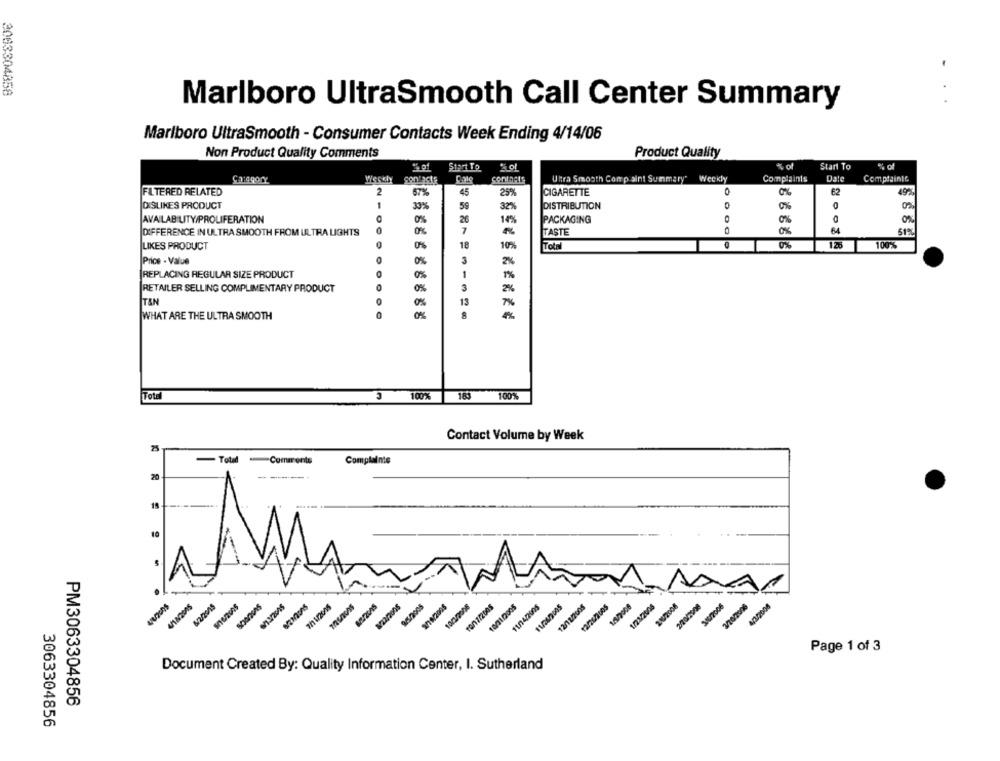
2003304858
Marlboro UltraSmooth Call Center Summary
Marlboro UltraSmooth - Consumer Contacts Week Ending 4/14/06
Non Product Quality Comments
Product Quality
Start To
Weekly
Ultra Smooth Comp aint Summary"
Weekly
Complaints
Date
Complaints
2
O
62
FILTERED RELATED
67%
45
25%
CIGARETTE
DISLIKES PRODUCT
1
33%
59
32%
DISTRIBUTION
0%
AVAILABILITY/PROLIFERATION
0%
26
PACKAGING
0%
0%
DIFFERENCE IN ULTRA SMOOTH FROM ULTRA LIGHTS
0%
7
TASTE
0%
18
0%
100%
LIKES PRODUCT
0%
10%
Total
Price - Value
3
2%
REPLACING REGULAR SIZE PRODUCT
0%
1
1%
RETAILER SELLING COMPLIMENTARY PRODUCT
0%
3
2%
O
IT&N
13
7%
WHAT ARE THE ULTRA SMOOTH
0%
4%
Total
100%
183 100%
Contact Volume by Week
- Toted
Comments
Complaints
20
10
1
622/2015
2/1 1/2008
9/9/2005
1003/2006
11/4/2005
12/12/2005
1/1/2006
1/23/208
20/2008
4/2/2006
Status
SVRRINS
snus
Page 1 of 3
Document Created By: Quality Information Center, I. Sutherland
PM3063304856
3063304856